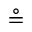
\circeq